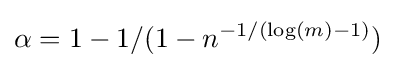
\alpha =1-1/(1-n^{-1/(\log(m)-1)})